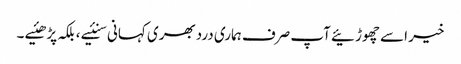
خیر اسے چھوڑئیے آپ صرف ہماری دردبھری کہانی سنئیے ، بلکہ پڑھئیے ۔